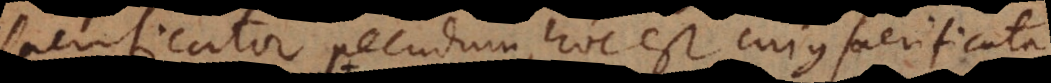
sacrificator pecudum, hoc est cujus sacrificata